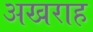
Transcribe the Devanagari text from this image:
अखराह